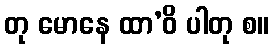
တု မောနေ ထာ’ဝိ ပါတု စ။